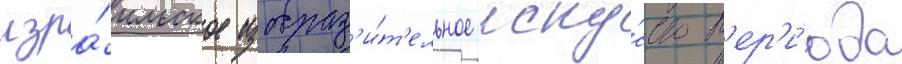
изра́ильское изобраз'и́т'ельное иску́сство п'ер'и́ода